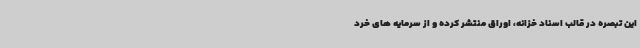
این تبصره در قالب اسناد خزانه، اوراق منتشر کرده و از سرمایه های خرد